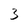
Character: 3